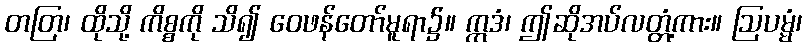
တတြ၊ ထိုသို့ ကိစ္စကို သိ၍ ဝေဖန်တော်မူရာ၌။ ဣဒံ၊ ဤဆိုအပ်လတ္တံ့ကား။ ဩပမ္မံ၊